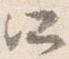
所